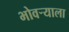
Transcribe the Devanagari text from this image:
भोवर्‍याला